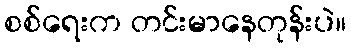
စစ်ရေးက တင်းမာနေတုန်းပဲ။